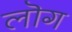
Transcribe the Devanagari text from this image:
लॊग